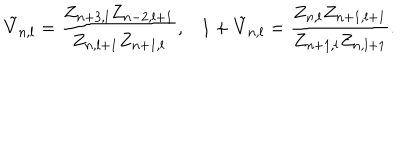
\tilde { V } _ { n , l } = \frac { Z _ { n + 3 , l } Z _ { n - 2 , l + 1 } } { Z _ { n , l + 1 } Z _ { n + 1 , l } } , 1 + \tilde { V } _ { n , l } = \frac { Z _ { n , l } Z _ { n + 1 , l + 1 } } { Z _ { n + 1 , l } Z _ { n , l + 1 } } .